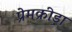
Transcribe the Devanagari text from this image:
प्रेमक्रीड़ा